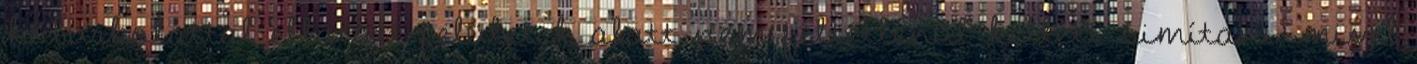
kőburkolattal ellátott felületek alatt nem feltétlenül kellett simítani, mivel